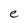
Character: e